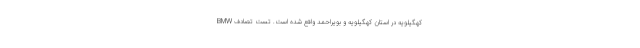
کهگیلویه در استان کهگیلویه و بویراحمد واقع شده است. تست تصادف BMW